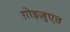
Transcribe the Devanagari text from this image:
ग़ोइज़ुएत